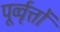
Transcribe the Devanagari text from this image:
पूर्व्वृत्तों